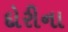
દોરીના